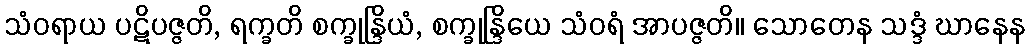
သံဝရာယ ပဋိပဇ္ဇတိ, ရက္ခတိ စက္ခုန္ဒြိယံ, စက္ခုန္ဒြိယေ သံဝရံ အာပဇ္ဇတိ။ သောတေန သဒ္ဒံ ဃာနေန